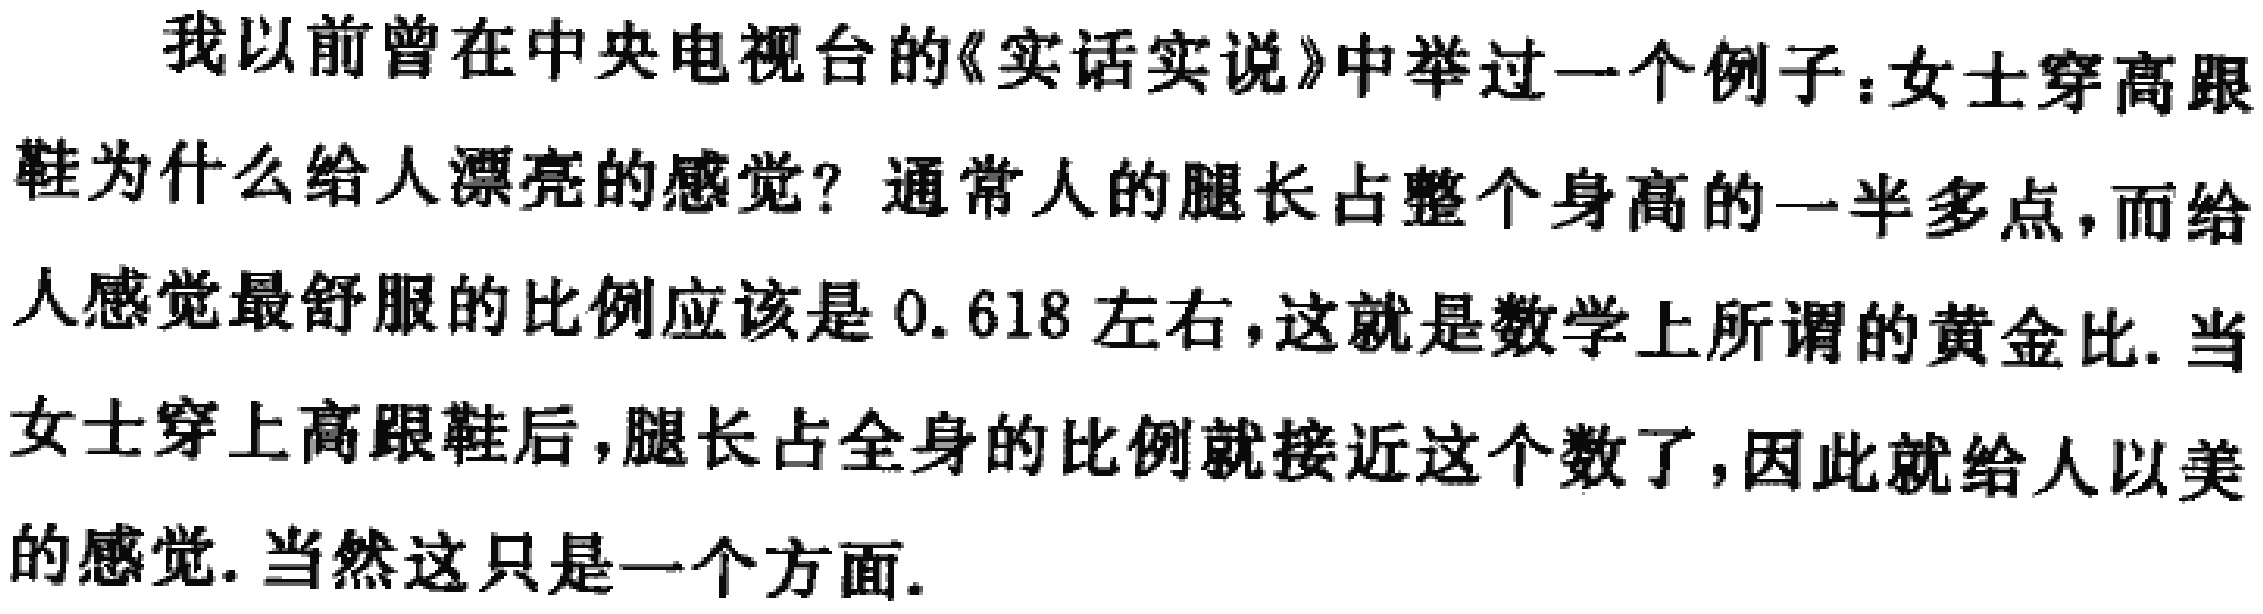
我以前曾在中央电视台的《实话实说》中举过一个例子：女士穿高跟鞋为什么给人漂亮的感觉？通常人的腿长占整个身高的一半多点，而给人感觉最舒服的比例应该是 0.618 左右，这就是数学上所谓的黄金比. 当女士穿上高跟鞋后，腿长占全身的比例就接近这个数了，因此就给人以美的感觉. 当然这只是一个方面.